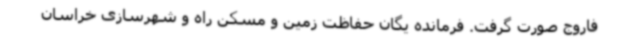
فاروج صورت گرفت. فرمانده یگان حفاظت زمین و مسکن راه و شهرسازی خراسان